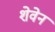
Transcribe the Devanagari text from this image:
शेवेन